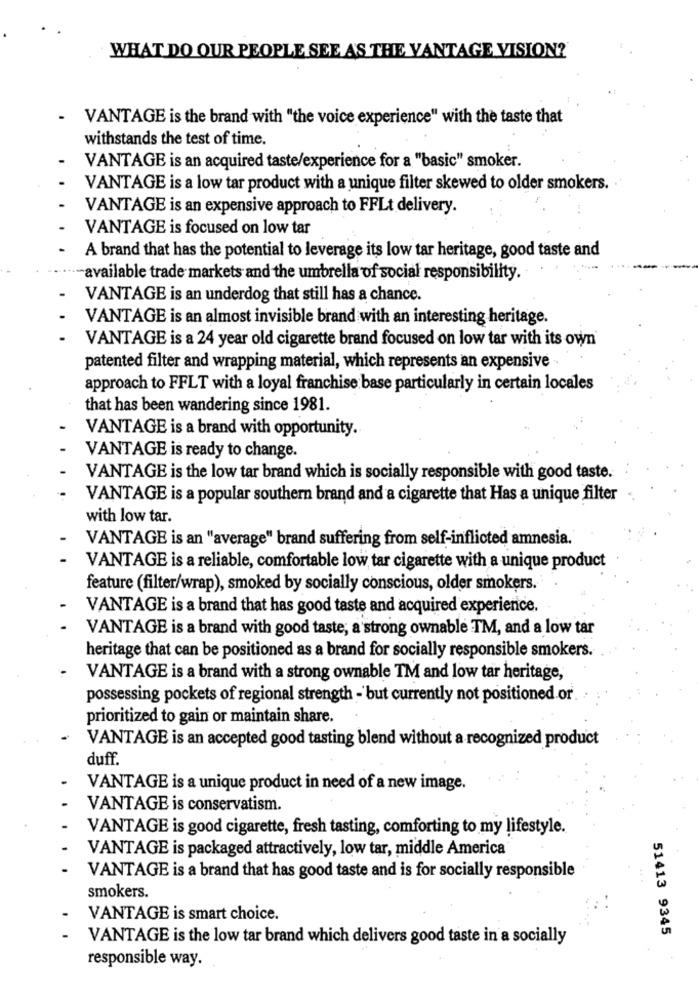
WHAT DO OUR PEOPLE SEE AS THE VANTAGE VISION?
.
VANTAGE is the brand with "the voice experience" with the taste that
withstands the test of time.
VANTAGE is an acquired taste/experience for a "basic" smoker.
VANTAGE is a low tar product with a unique filter skewed to older smokers.
VANTAGE is an expensive approach to FFLt delivery.
VANTAGE is focused on low tar
A brand that has the potential to leverage its low tar heritage, good taste and
available trade markets and the umbrella of social responsibility.
VANTAGE is an underdog that still has a chance.
VANTAGE is an almost invisible brand with an interesting heritage.
VANTAGE is a 24 year old cigarette brand focused on low tar with its own
patented filter and wrapping material, which represents an expensive
approach to FFLT with a loyal franchise base particularly in certain locales
that has been wandering since 1981.
VANTAGE is a brand with opportunity.
VANTAGE is ready to change.
VANTAGE is the low tar brand which is socially responsible with good taste.
VANTAGE is a popular southern brand and a cigarette that Has a unique filter
with low tar.
VANTAGE is an "average" brand suffering from self-inflicted amnesia.
VANTAGE is a reliable, comfortable low tar cigarette with a unique product
feature (filter/wrap), smoked by socially conscious, older smokers.
VANTAGE is a brand that has good taste and acquired experience.
VANTAGE is a brand with good taste, a strong ownable TM, and a low tar
heritage that can be positioned as a brand for socially responsible smokers.
VANTAGE is a brand with a strong ownable TM and low tar heritage,
possessing pockets of regional strength - but currently not positioned or.
prioritized to gain or maintain share.
VANTAGE is an accepted good tasting blend without a recognized product
duff.
VANTAGE is a unique product in need of a new image.
VANTAGE is conservatism.
VANTAGE is good cigarette, fresh tasting, comforting to my lifestyle.
VANTAGE is packaged attractively, low tar, middle America
VANTAGE is a brand that has good taste and is for socially responsible
smokers.
VANTAGE is smart choice.
VANTAGE is the low tar brand which delivers good taste in a socially
51413 9345
responsible way.